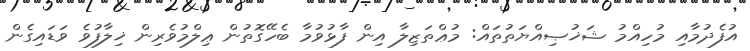
އުފެދުމާއި މުހިއްމު ޝަޚުޞިއްޔަތުތައް: މުޢްތަޒިލާ އިން ފާޅުވުމާ ބެހޭގޮތުން ޢިލްމުވެރިން ޚިލާފުވެ ވަޑައިގެން